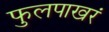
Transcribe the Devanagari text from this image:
फुलपाखरं